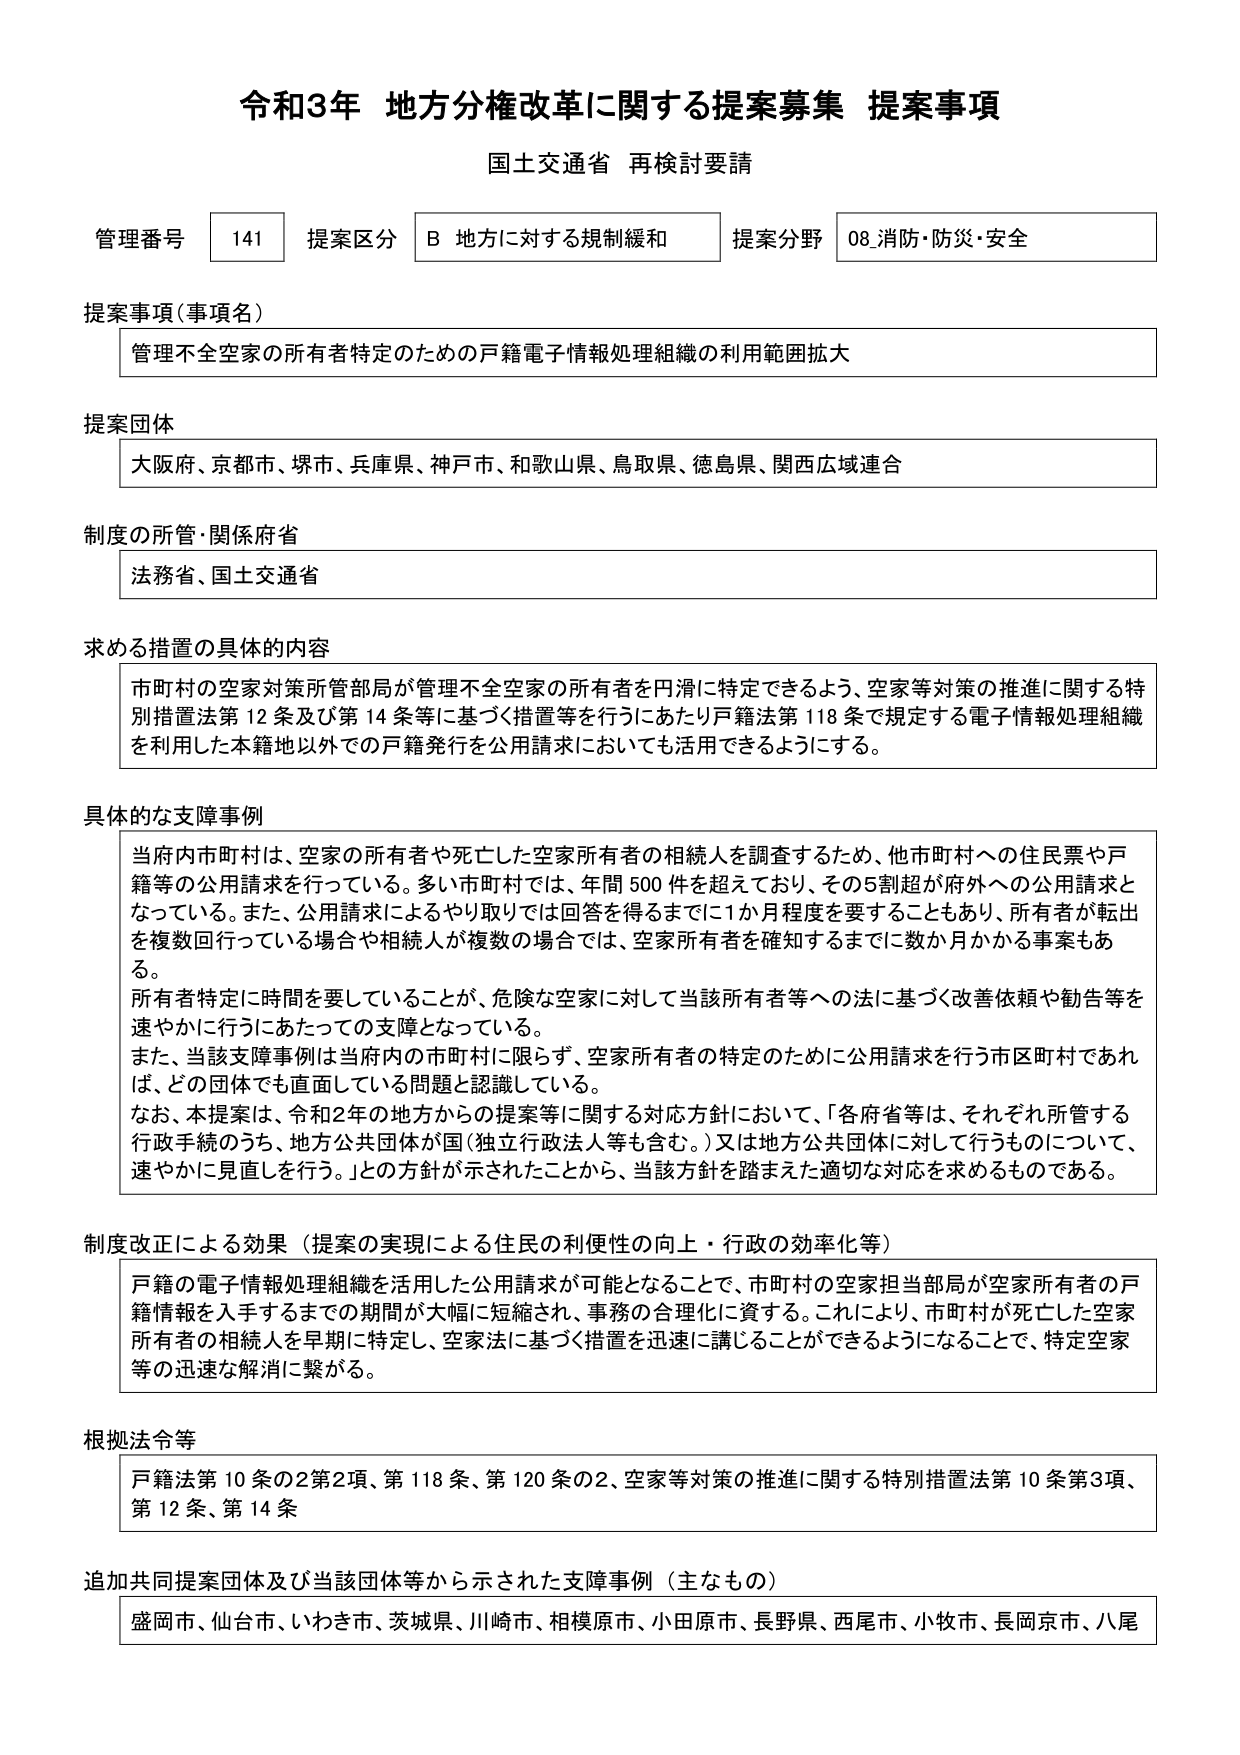
令和3年 地方分権改革に関する提案募集 提案事項
国土交通省 再検討要請

管理番号 141 提案区分 B 地方に対する規制緩和 提案分野 08.消防・防災・安全

提案事項（事項名）
管理不全空家の所有者特定のための戸籍電子情報処理組織の利用範囲拡大

提案団体
大阪府、京都市、堺市、兵庫県、神戸市、和歌山県、鳥取県、徳島県、関西広域連合

制度の所管・関係府省
法務省、国土交通省

求める措置の具体的内容
市町村の空家対策所管部局が管理不全空家の所有者を円滑に特定できるよう、空家等対策の推進に関する特別措置法第12条及び第14条等に基づく措置等を行うにあたり戸籍法第118条で規定する電子情報処理組織を利用した本籍地以外での戸籍発行を公用請求においても活用できるようにする。

具体的な支障事例
当府内市町村は、空家の所有者や死亡した空家所有者の相続人を調査するため、他市町村への住民票や戸籍等の公用請求を行っている。多い市町村では、年間500件を超えており、その5割超が府外への公用請求となっている。また、公用請求によるやり取りでは回答を得るまでに1か月程度を要することもあり、所有者が転出を複数回行っている場合や相続人が複数の場合では、空家所有者を確知するまでに数か月かかる事案もある。
所有者特定に時間を要していることが、危険な空家に対して当該所有者等への法に基づく改善依頼や勧告等を速やかに行うにあたっての支障となっている。
また、当該支障事例は当府内の市町村に限らず、空家所有者の特定のために公用請求を行う市区町村であれば、どの団体でも直面している問題と認識している。
なお、本提案は、令和2年の地方からの提案等に関する対応方針において、「各府省等は、それぞれ所管する行政手続のうち、地方公共団体が国（独立行政法人等も含む。）又は地方公共団体に対して行うものについて、速やかに見直しを行う。」との方針が示されたことから、当該方針を踏まえた適切な対応を求めるものである。

制度改正による効果（提案の実現による住民の利便性の向上・行政の効率化等）
戸籍の電子情報処理組織を活用した公用請求が可能となることで、市町村の空家担当部局が空家所有者の戸籍情報を入手するまでの期間が大幅に短縮され、事務の合理化に資する。これにより、市町村が死亡した空家所有者の相続人を早期に特定し、空家法に基づく措置を迅速に講じることができるようにすることで、特定空家等の迅速な解消に繋がる。

根拠法令等
戸籍法第10条の2第2項、第118条、第120条の2、空家等対策の推進に関する特別措置法第10条第3項、第12条、第14条

追加共同提案団体及び当該団体等から示された支障事例（主なもの）
盛岡市、仙台市、いわき市、茨城県、川崎市、相模原市、小田原市、長野県、西尾市、小牧市、長岡京市、八尾